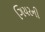
ગિયરની